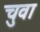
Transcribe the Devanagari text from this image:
चुवा